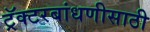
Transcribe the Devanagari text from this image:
ट्रॅक्टरबांधणीसाठी